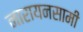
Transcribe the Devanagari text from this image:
नारायनसामी